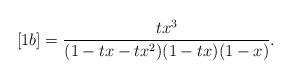
LaTeX: \begin{align*}[1b] = \frac{t x^3}{(1-tx-tx^2)(1-tx)(1-x)}.\end{align*}